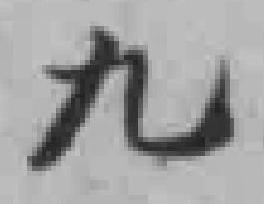
九